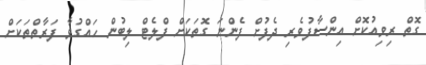
ގޮތް ރިވިއުކޮށް އިންސާފުވެރި ދެފުށް ފެންނަ ގޮތަކަށް ފްލެޓް ލިބުން ހައްގުވާ ފަރާތްތަކަށް